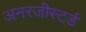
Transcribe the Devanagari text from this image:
अनरजीस्टर्ड